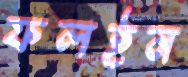
ফলইন